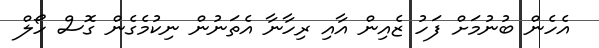
އެހެން ބުނުމަށް ފަހު ޒެއިން އާއި ރިހާނާ އެތަނުން ނިކުމެގެން ގޮސް ހޯލް